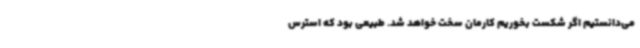
می‌دانستیم اگر شکست بخوریم کارمان سخت خواهد شد. طبیعی بود که استرس